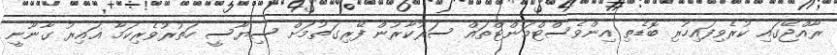
ރާއްޖޭގައި ކުރެވިފައިހުރި ބޮޑެތި އިންވެސްޓްމަންޓްތައް ސަރުކާރުން ފޭރިގަތުމަށް ސިޔާސީ ހަތުރުވެރިކަމާ ޣައިރު ގާނޫނީ